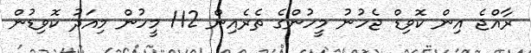
ރާއްޖެ އިން ކޮވިޑް ޖެހުނު މީހުންގެ ތެރެއިން 112 މީހުން މިއަދު ކޮވިޑުން